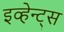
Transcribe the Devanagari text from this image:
इव्हेन्ट्‌स